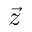
\vec { z }